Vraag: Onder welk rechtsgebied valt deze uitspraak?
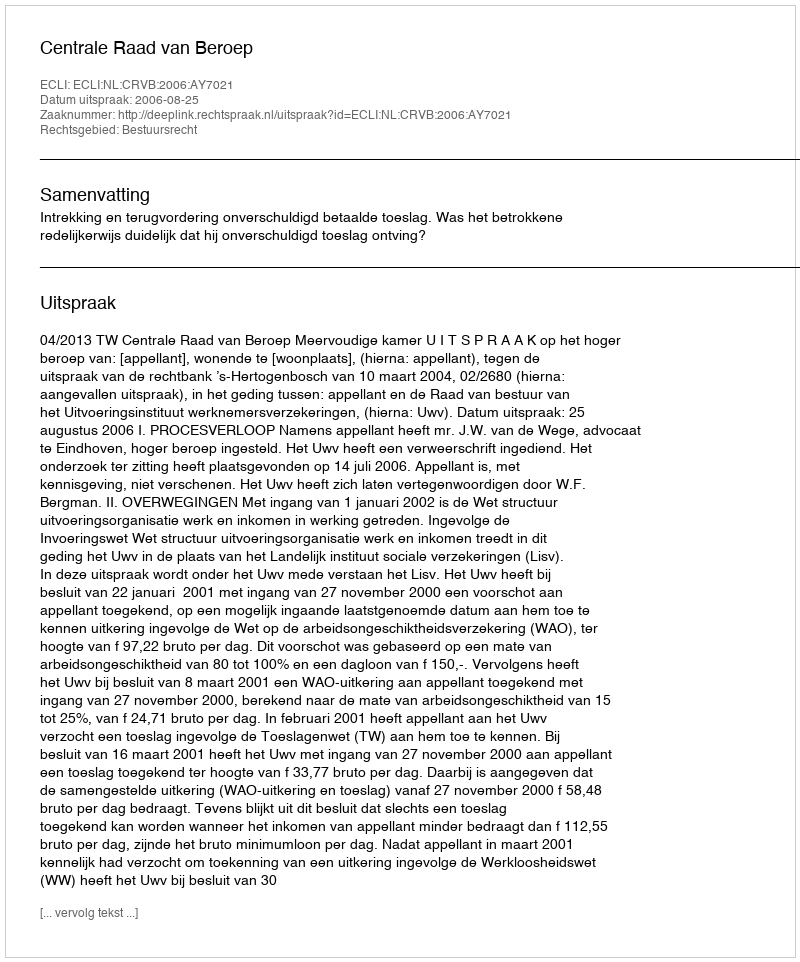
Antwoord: Bestuursrecht